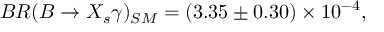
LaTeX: B R ( B \rightarrow X _ { s } \gamma ) _ { S M } = ( 3 . 3 5 \pm 0 . 3 0 ) \times 1 0 ^ { - 4 } ,